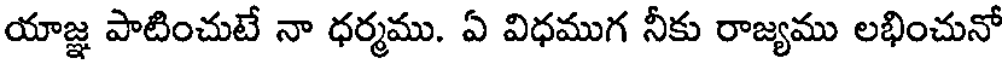
యాజ్ఞ పాటించుటే నా ధర్మము. ఏ విధముగ నీకు రాజ్యము లభించునో